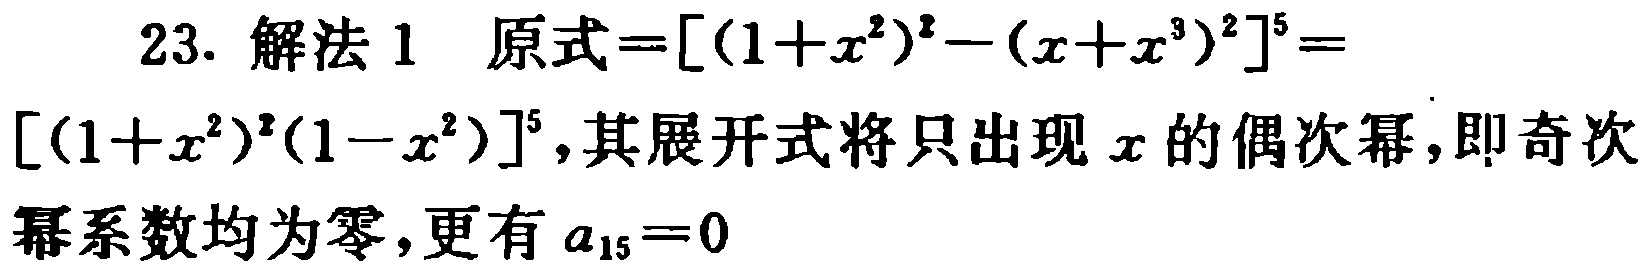
23. 解法 1 原式\(=[(1 + x^{2})^{2}-(x + x^{3})^{2}]^{5}=[(1 + x^{2})^{2}(1 - x^{2})]^{5}\)，其展开式将只出现 \(x\) 的偶次幂，即奇次幂系数均为零，更有 \(a_{15}=0\)